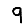
Digit: 9